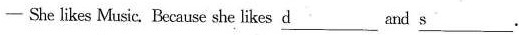
— She likes Music. Because she likes \underline{d} and \underline{s}.